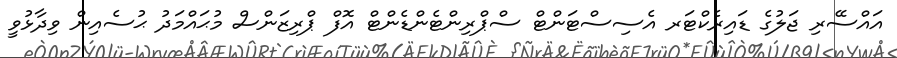
އައްސޭރި ޖަލުގެ ޑައިރެކްޓަރ އެސިސްޓަންޓް ސްޕްރިންޓެންޑެންޓް އޮފް ޕްރިޒަންސް މުޙައްމަދު ޙުސެއިން ވިދާޅުވީ